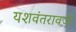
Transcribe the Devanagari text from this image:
यशवंतरावजी